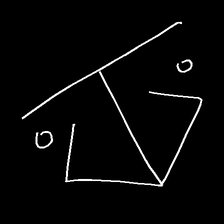
Glyph: earth